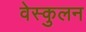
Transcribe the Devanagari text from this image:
वेस्कुलन